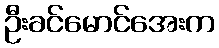
ဦးခင်မောင်အေးက